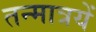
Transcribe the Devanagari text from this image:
तन्मात्रयें